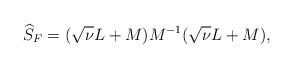
LaTeX: \begin{align*} \widehat S_F = (\sqrt{\nu}L+ M) M^{-1} (\sqrt{\nu}L+ M) ,\end{align*}